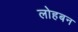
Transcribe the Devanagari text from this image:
लोहबन